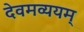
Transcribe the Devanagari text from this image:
देवमव्ययम्